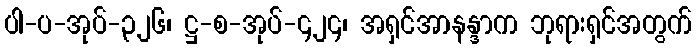
ပါ-ပ-အုပ်-၃၂၆၊ ဋ္ဌ-စ-အုပ်-၄၂၄၊ အရှင်အာနန္ဒာက ဘုရားရှင်အတွက်